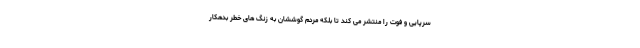
سرپایی و فوت را منتشر می کند تا بلکه مردم گوششان به زنگ های خطر بدهکار